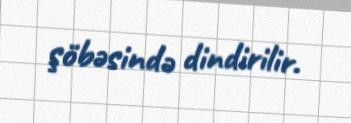
şöbəsində dindirilir.